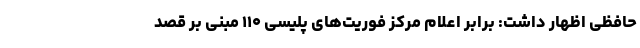
حافظی اظهار داشت: برابر اعلام مرکز فوریت‌های پلیسی ۱۱۰ مبنی بر قصد